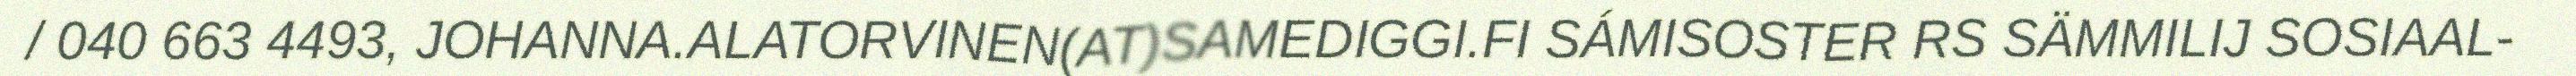
/ 040 663 4493, JOHANNA.ALATORVINEN(AT)SAMEDIGGI.FI SÁMISOSTER RS SÄMMILIJ SOSIAAL-